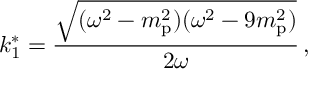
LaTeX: k _ { 1 } ^ { * } = { \frac { \sqrt { ( \omega ^ { 2 } - m _ { \mathrm { p } } ^ { 2 } ) ( \omega ^ { 2 } - 9 m _ { \mathrm { p } } ^ { 2 } ) } } { 2 \omega } } \, ,